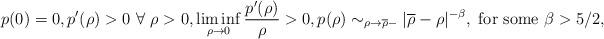
LaTeX: \begin{align*}p(0)=0,p'(\rho)>0\ \forall\ \rho>0,\liminf_{\rho\rightarrow 0}\frac{p'(\rho)}{\rho}>0,p(\rho)\sim _{\rho\rightarrow \overline{\rho}-} |\overline{\rho}-\rho|^{-\beta},\mbox{ for some }\beta > 5/2,\end{align*}